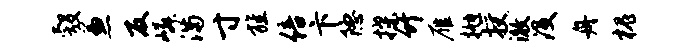
彀兼反嶙满寸旌倍卞隐揲竹雁抛授澈没舟槐